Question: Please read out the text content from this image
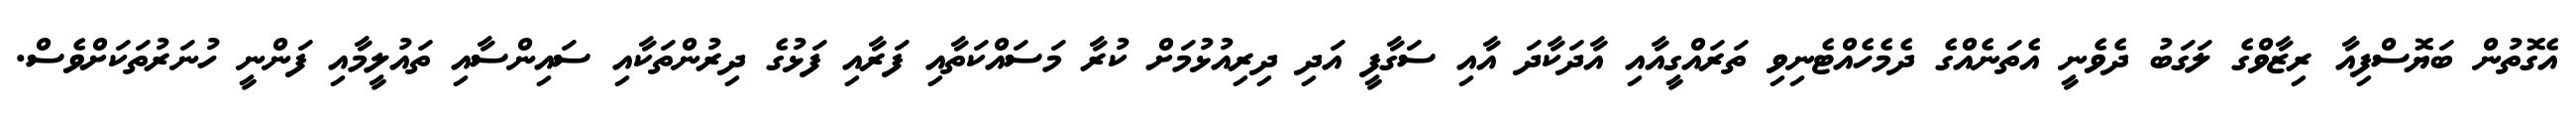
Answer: އެގޮތުން ބަޔޮސްފިއާ ރިޒާވްގެ ލަގަބު ދެވެނީ އެތަނެއްގެ ދެމެހެއްޓެނިވި ތަރައްގީއާއި އާދަކާދަ އާއި ސަގާފީ އަދި ދިރިއުޅުމަށް ކުރާ މަސައްކަތާއި ފަރާއި ފަޅުގެ ދިރުންތަކާއި ސައިންސާއި ތައުލީމާއި ފަންނީ ހުނަރުތަކަށްވެސް.